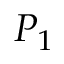
P _ { 1 }